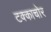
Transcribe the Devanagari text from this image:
टक्काचोर